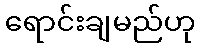
ရောင်းချမည်ဟု